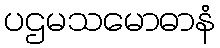
ပဌမသမောဓာနံ